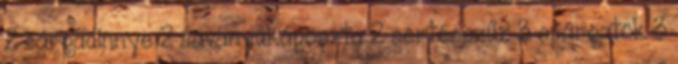
2 sárgadinnye 2 savanyúkáposzta 2 sertésszűz 3 spárgatök 3